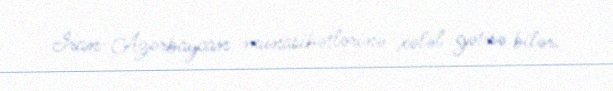
İran-Azərbaycan münasibətlərinə xələl gətirə bilər.